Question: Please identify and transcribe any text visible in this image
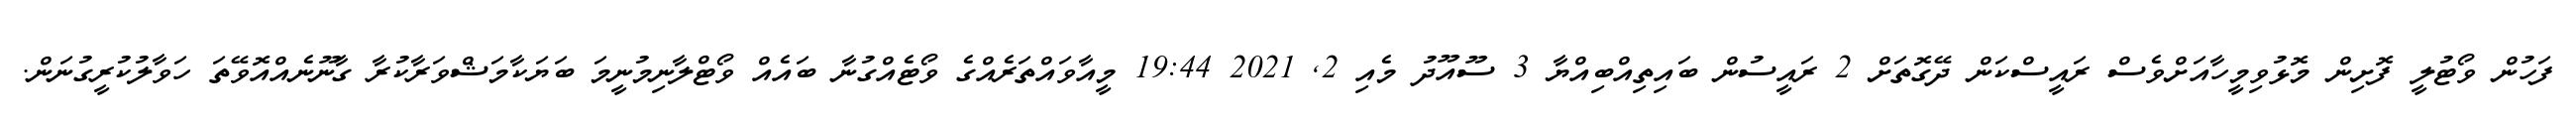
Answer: ފަހުން ވޯޓުލީ ފޮށިން މޮޅުވިމީހާއަށްވެސް ރައީސްކަން ދޭގޮތަށް 2 ރައީސުން ބައިތިއްބިއްޔާ 3 ސޫއޫދު މެއި 2, 2021 19:44 މީއާވައްތަރެއްގެ ވޯޓެއްގުނާ ބައެއް ވޯޓްލާނިމުނީމަ ބަޔަކާމަޝްވަރާކުރާ ގާނޫނެއްއޮވޭތަ ހަވާލުކުރީގުނަން.